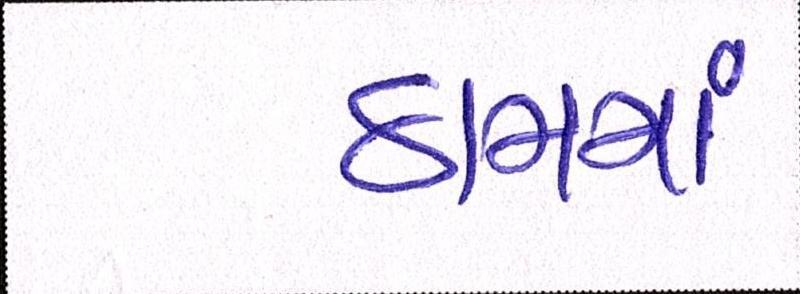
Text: ઠામમાં